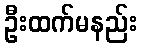
ဦးထက်မနည်း